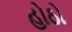
હોઠો